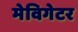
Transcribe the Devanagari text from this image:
मेविगेटर